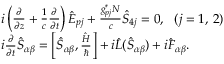
\begin{array} { r l } & { i \left( \frac { \partial } { \partial z } + \frac { 1 } { c } \frac { \partial } { \partial t } \right) { \hat { E } } _ { p j } + \frac { g _ { p j } ^ { \ast } N } { c } \hat { S } _ { 4 j } = 0 , \, \, \, \, ( j = 1 , \, 2 ) } \\ & { i \frac { \partial } { \partial t } \hat { S } _ { \alpha \beta } = \left[ \hat { S } _ { \alpha \beta } , \frac { \hat { H } } { \hbar } \right] + i { \hat { \cal L } } ( \hat { S } _ { \alpha \beta } ) + i { \hat { F } } _ { \alpha \beta } . } \end{array}